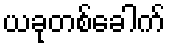
ယခုတစ်ခေါက်